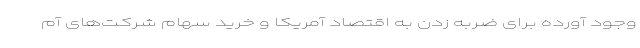
وجود آورده برای ضربه زدن به اقتصاد آمریکا و خرید سهام شرکت‌های آم